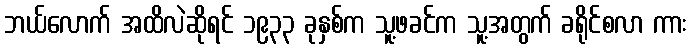
ဘယ်လောက် အထိလဲဆိုရင် ၁၉၃၃ ခုနှစ်က သူ့ဖခင်က သူ့အတွက် ခရိုင်စလာ ကား